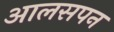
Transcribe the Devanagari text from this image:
आलसपन